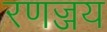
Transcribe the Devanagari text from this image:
रणज्जय